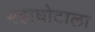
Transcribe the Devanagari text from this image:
महाघोटाला